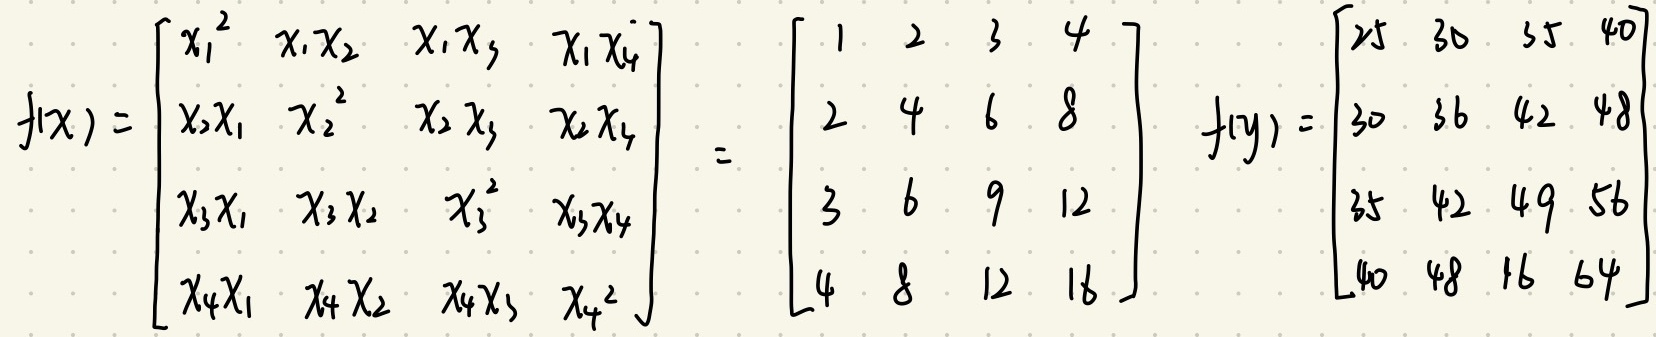
\[
f(x)=
\begin{bmatrix}
x_1^2 & x_1x_2 & x_1x_3 & x_1x_4 \\
x_2x_1 & x_2^2 & x_2x_3 & x_2x_4 \\
x_3x_1 & x_3x_2 & x_3^2 & x_3x_4 \\
x_4x_1 & x_4x_2 & x_4x_3 & x_4^2
\end{bmatrix}=
\begin{bmatrix}
1 & 2 & 3 & 4 \\
2 & 4 & 6 & 8 \\
3 & 6 & 9 & 12 \\
4 & 8 & 12 & 16
\end{bmatrix}
\quad
f(y)=
\begin{bmatrix}
25 & 30 & 35 & 40 \\
30 & 36 & 42 & 48 \\
35 & 42 & 49 & 56 \\
40 & 48 & 56 & 64
\end{bmatrix}
\]